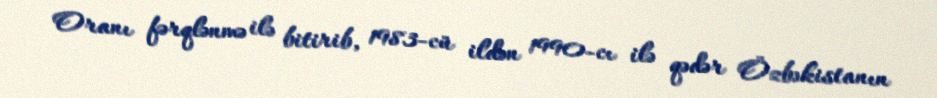
Oranı fərqlənmə ilə bitirib, 1983-cü ildən 1990-cı ilə qədər Özbəkistanın